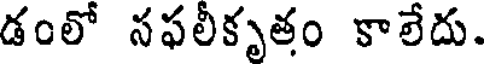
డంలో సఫలీకృతం కాలేదు.